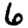
Digit: 6